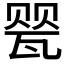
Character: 𰢤